Report of the Municipal Commissioner on the plague in Bombay for the year ending 31st May... - Volume 1
Disease focus: Plague
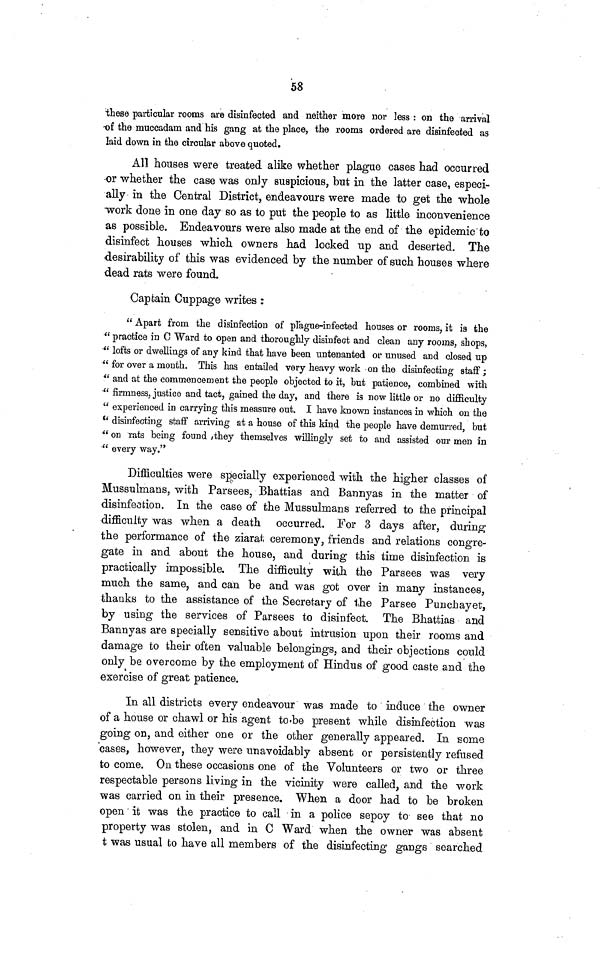
58
"these particular rooms are disinfected and neither more nor less : on the arrival
of the muccadam and his gang at the place, the rooms ordered are disinfected as
laid down in the circular above quoted.
All houses were treated alike whether plague cases had occurred
or whether the case was only suspicious, but in the latter case, especi-
ally in the Central District, endeavours were made to get the whole
work done in one day so as to put the people to as little inconvenience
as possible. Endeavours were also made at the end of the epidemic to
disinfect houses which owners had locked up and deserted. The
desirability of this was evidenced by the number of such houses where
dead rats were found.
Captain Cuppage writes :
" Apart from the disinfection of plague-infected houses or rooms, it is the
" practice in C Ward to open and thoroughly disinfect and clean any rooms, shops,
" lofts or dwellings of any kind that have been untenanted or unused and closed up
" for over a month. This has entailed very heavy work on the disinfecting staff ;
" and at the commencement the people objected to it, but patience, combined with
" firmness, justice and tact, gained the day, and there is now little or no difficulty
" experienced in carrying this measure out. I have known instances in which on the
tf disinfecting staff arriving at a house of this kind the people have demurred, but
" on rats being found , they themselves willingly set to and assisted our men in
" every way."
Difficulties were specially experienced with the higher classes of
Mussulmans, with Parsees, Bhattias and Bannyas in the matter of
disinfection. In the case of the Mussulmans referred to the principal
difficulty was when a death occurred. For 3 days after, during
the performance of the ziarat ceremony, friends and relations congre-
gate in and about the house, and during this time disinfection is
practically impossible. The difficulty with the Farsees was very
much the same, and can be and was got over in many instances,
thanks to the assistance of the Secretary of the Farsee Punchayet,
by using the services of Farsees to disinfect. The Bhattias and
Bannyas are specially sensitive about intrusion upon their rooms and
damage to their often valuable belongings, and their objections could
only be overcome by the employment of Hindus of good caste and the
exercise of great patience.
In all districts every endeavour was made to induce the owner
of a house or chawl or his agent to be present while disinfection was
going on, and either one or the other generally appeared. In some
cases, however, they were unavoidably absent or persistently refused
to come. On these occasions one of the Volunteers or two or three
respectable persons living in the vicinity were called, and the work
was carried on in their presence. When a door had to be broken
open it was the practice to call in a police sepoy to see that no
property was stolen, and in C Ward when the owner was absent
t was usual to have all members of the disinfecting gangs searched